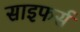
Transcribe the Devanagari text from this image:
साइफर्स